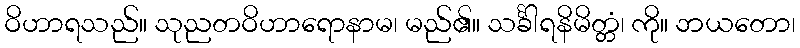
ဝိဟာရသည်။ သုညတဝိဟာရောနာမ၊ မည်၏။ သင်္ခါရနိမိတ္တံ၊ ကို။ ဘယတော၊